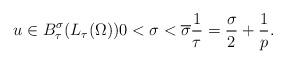
LaTeX: \begin{align*}u \in B^{\sigma}_{\tau}(L_{\tau}(\Omega)) 0< \sigma < \overline{\sigma} \frac{1}{\tau} = \frac{\sigma}{2} + \frac{1}{p}.\end{align*}